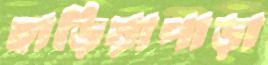
হাড়িয়াপাড়া